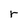
Character: r